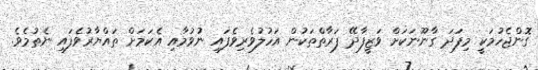
ގޮންޖެހުމަކީ މިފަދަ ގާނޫނަކަށް ވަޒީފާދޭ ފަރާތްތަކުން އަހުލުވެރިވެފައި ނުވުމާއި އެކަމަށް ތައްޔާރުވެފައި ނެތުމެވެ.